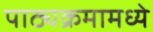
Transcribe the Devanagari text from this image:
पाठ्यक्रमामध्ये